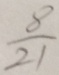
\frac { 8 } { 2 1 }